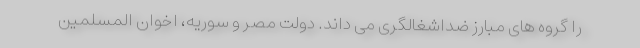
را گروه های مبارز ضداشغالگری می داند. دولت مصر و سوریه، اخوان المسلمین